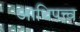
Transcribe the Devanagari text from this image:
आधिपत्त्व